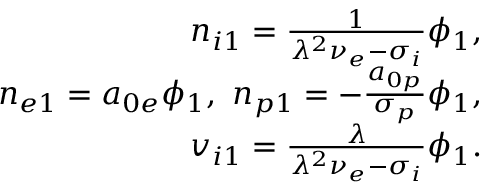
\begin{array} { r } { n _ { i 1 } = \frac { 1 } { \lambda ^ { 2 } \nu _ { e } - \sigma _ { i } } \phi _ { 1 } , } \\ { n _ { e 1 } = a _ { 0 e } \phi _ { 1 } , ~ n _ { p 1 } = - \frac { a _ { 0 p } } { \sigma _ { p } } \phi _ { 1 } , } \\ { v _ { i 1 } = \frac { \lambda } { \lambda ^ { 2 } \nu _ { e } - \sigma _ { i } } \phi _ { 1 } . } \end{array}